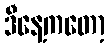
ဒီနေ့ကတော့